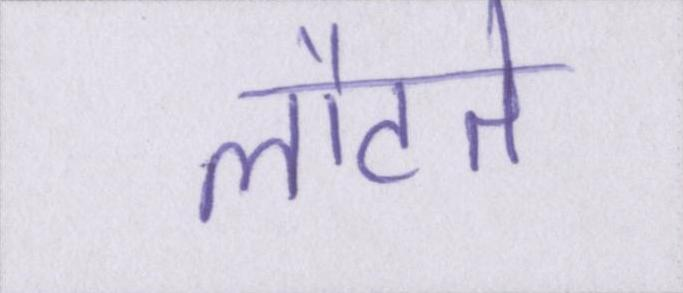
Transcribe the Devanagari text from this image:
लौटते